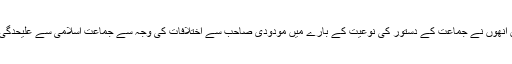
۱۹۵۸ء میں انھوں نے جماعت کے دستور کی نوعیت کے بارے میں مودودی صاحب سے اختلافات کی وجہ سے جماعت اسلامی سے علیحدگی اختیار کی۔